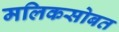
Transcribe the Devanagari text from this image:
मलिकसोबत